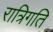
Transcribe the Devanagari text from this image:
रात्रिगति